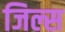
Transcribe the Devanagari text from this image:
जिल्स